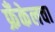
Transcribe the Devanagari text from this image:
फ्रँकेलचा